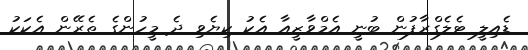
ޑެއިލީ ޓެލެގްރާފުން ބުނީ އެމްވާޒީއާ އެކު ކިޔެވި ދެ މީހުންގެ ތެރޭން އެކަކު